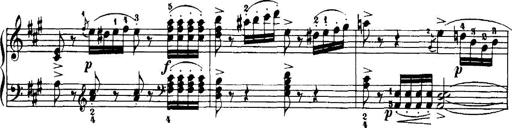
Title: 7 Sonatinas
Composer: Anton Diabelli